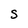
Character: S